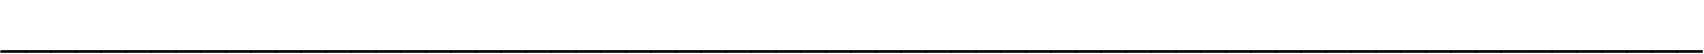
____________________________________________________________________